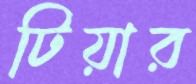
টিয়ার